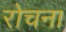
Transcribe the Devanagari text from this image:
रोचना